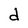
Character: d